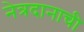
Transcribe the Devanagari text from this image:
नेत्रदानाची